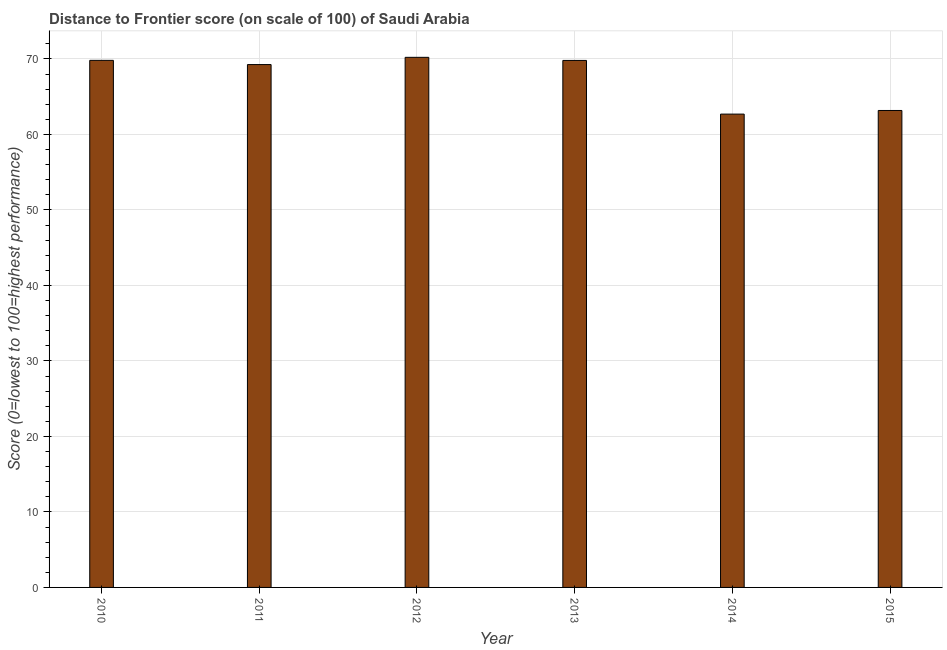
| Year | Distance to frontier score |
 | --- | --- |
 | 2010 | 69.8 |
 | 2011 | 69.2 |
 | 2012 | 70.2 |
 | 2013 | 69.8 |
 | 2014 | 62.7 |
 | 2015 | 63.2 |